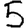
Digit: 5